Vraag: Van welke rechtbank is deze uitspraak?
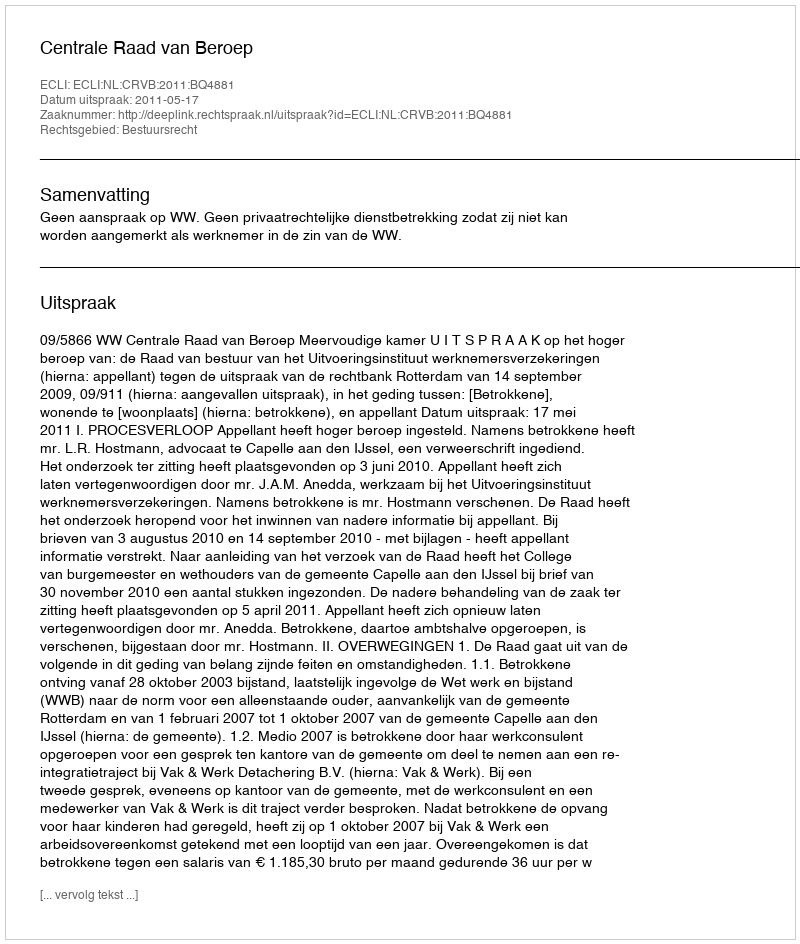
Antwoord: Centrale Raad van Beroep